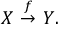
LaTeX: X ~ { \stackrel { f } { \to } } ~ Y .